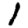
Digit: 1